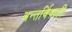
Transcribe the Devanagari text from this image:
अन्तर्विवाही